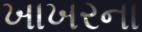
ખાખરના